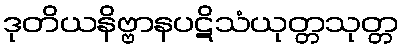
ဒုတိယနိဗ္ဗာနပဋိသံယုတ္တသုတ္တ